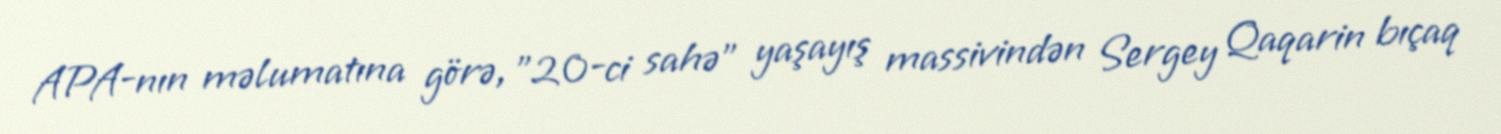
APA-nın məlumatına görə, "20-ci sahə" yaşayış massivindən Sergey Qaqarin bıçaq